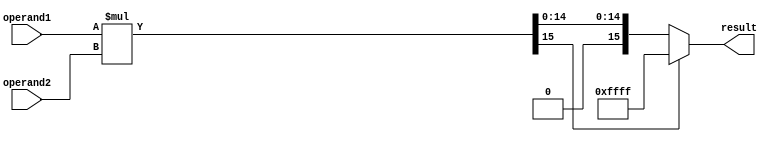
module signed_multiplier (
    input signed [7:0] operand1,
    input signed [7:0] operand2,
    output signed [15:0] result
);

reg signed [15:0] temp_result;

always @ (*) begin
    temp_result = operand1 * operand2;
end

always @ (*) begin
    if (temp_result[15] == 1) begin
        result = {16{temp_result[15]}}; // Sign extend if result is negative
    end else begin
        result = temp_result;
    end
end

endmodule